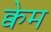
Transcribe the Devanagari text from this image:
क्वेम